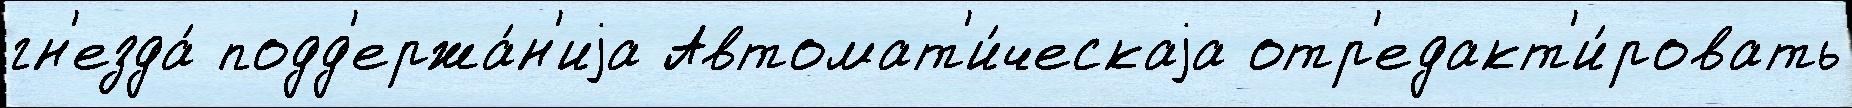
гн'езда́ подд'ержа́н'иjа Автомат'и́ческаjа отр'едакт'и́ровать